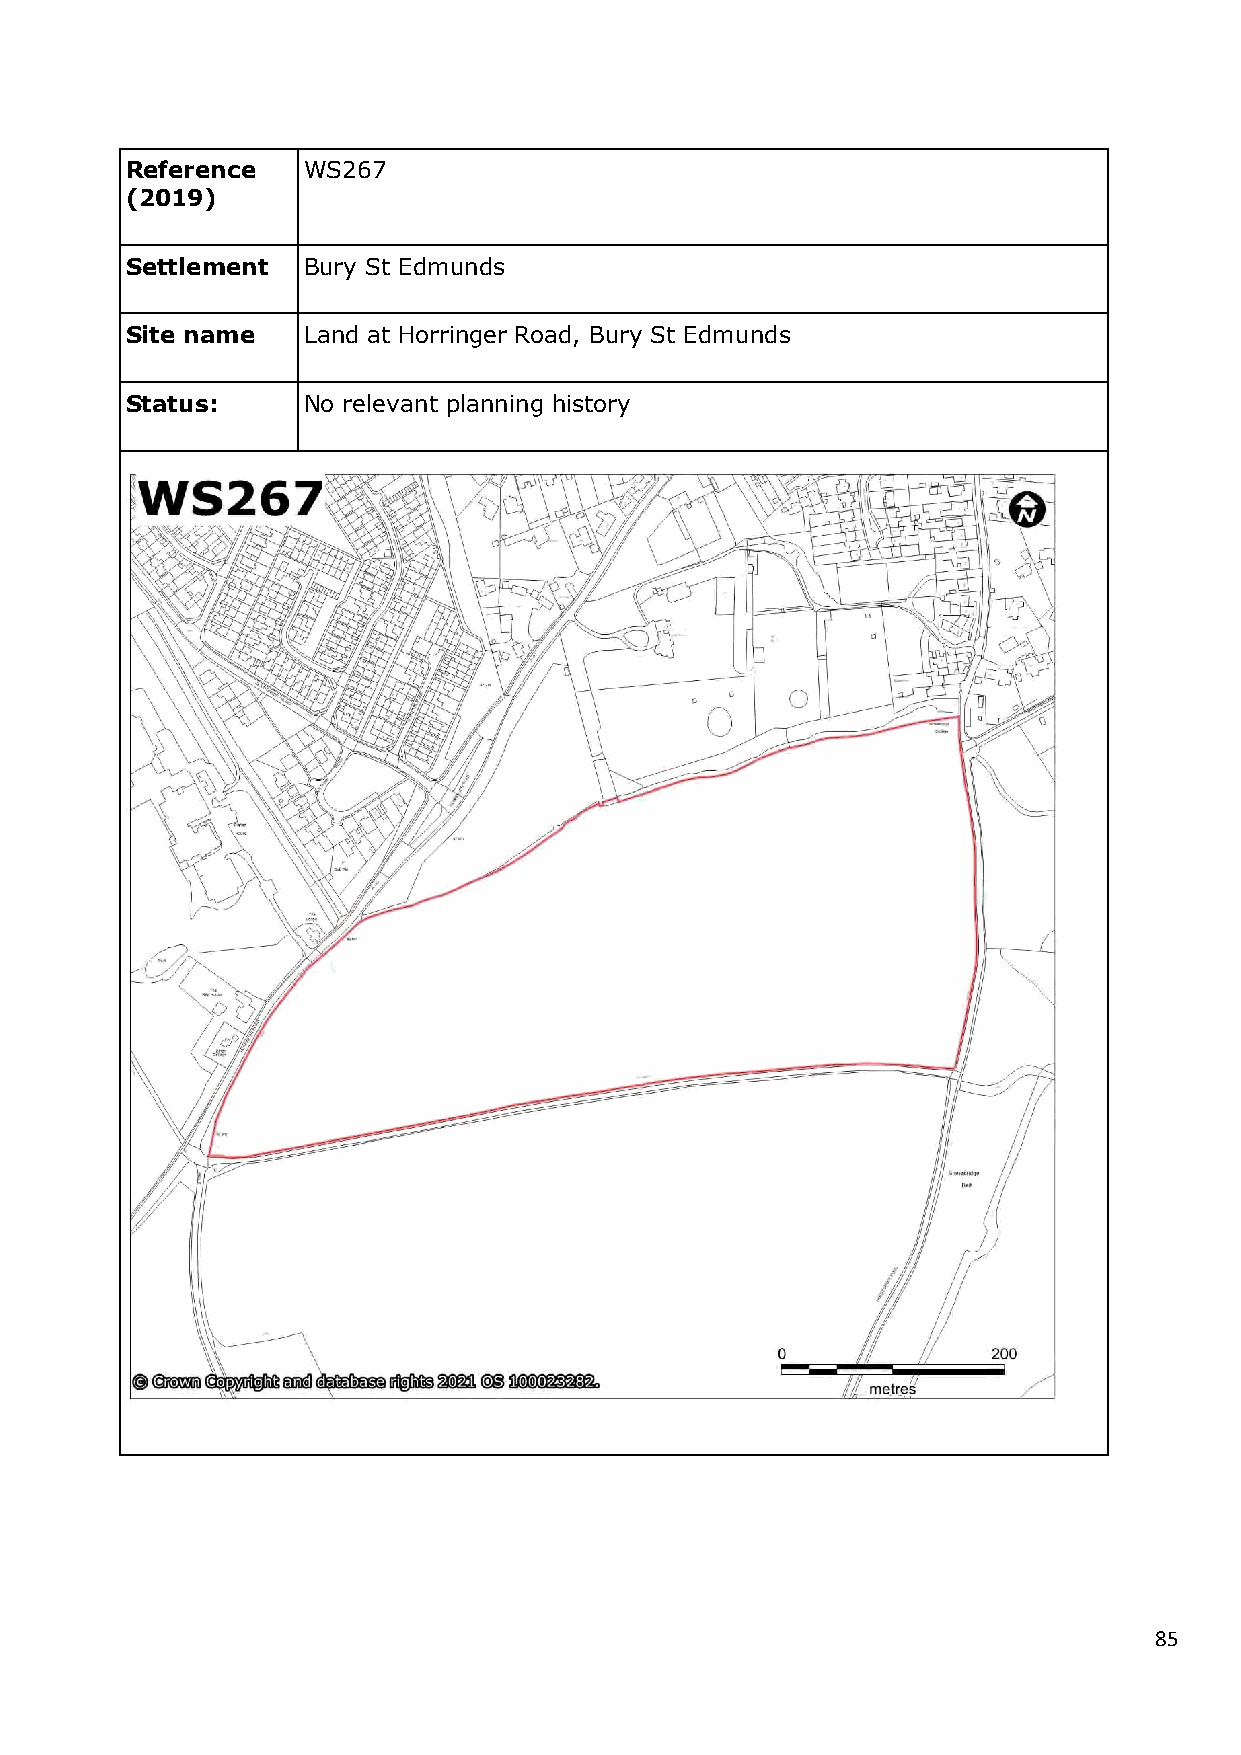
Reference   WS267
 (2019)
 Settlement  Bury St Edmunds
 Site name   Land at Horringer Road, Bury St Edmunds
 Status:     No relevant planning history
 85